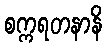
စက္ကရတနာနိ